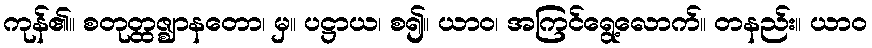
ကုန်၏။ စတုတ္ထဇ္ဈာနတော၊ မှ။ ပဋ္ဌာယ၊ စ၍။ ယာဝ၊ အကြင်ရွေ့လောက်။ တနည်း။ ယာဝ